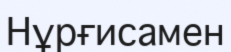
Нұрғисамен